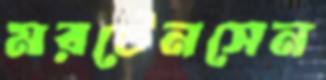
মরটেনসেন